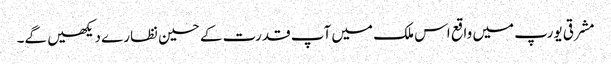
مشرقی یورپ میں واقع اس ملک میں آپ قدرت کے حسین نظارے دیکھیں گے۔